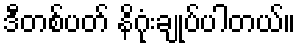
ဒီတစ်ပတ် နိဂုံးချုပ်ပါတယ်။